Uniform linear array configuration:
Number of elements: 48
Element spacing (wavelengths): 0.25
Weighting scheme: blackman
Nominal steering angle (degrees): -60
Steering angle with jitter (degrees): -61.802
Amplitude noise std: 0.05
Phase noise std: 0.05

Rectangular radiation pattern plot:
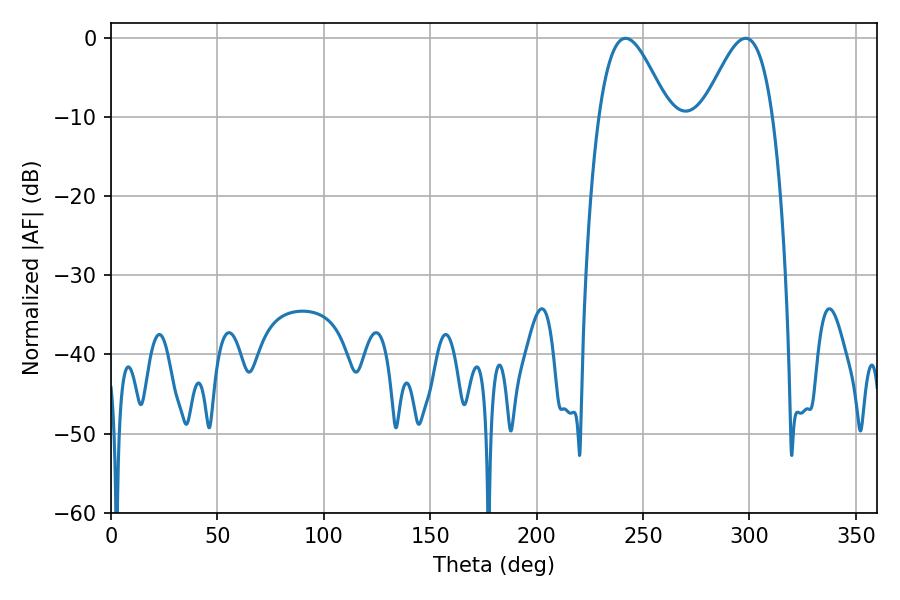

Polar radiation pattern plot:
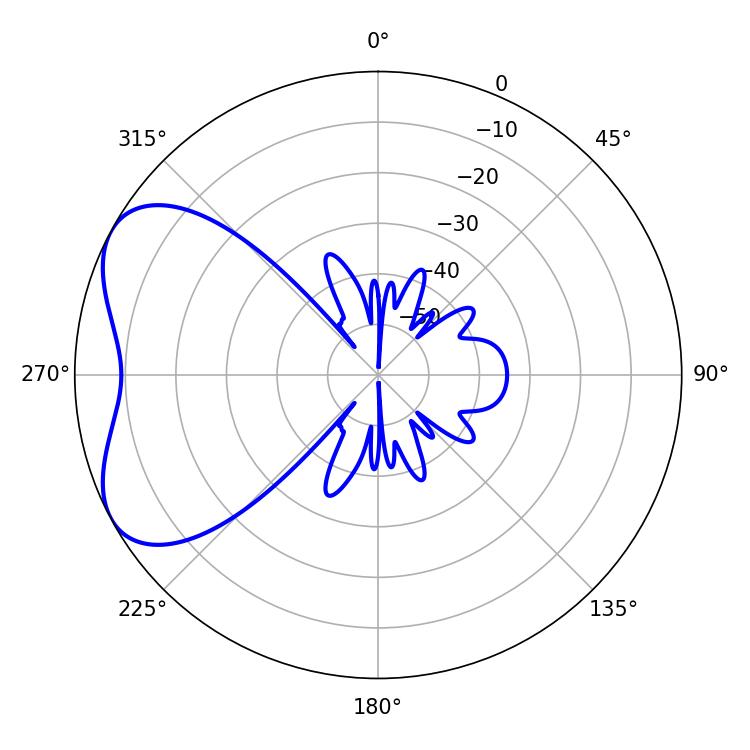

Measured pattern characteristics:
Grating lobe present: FALSE
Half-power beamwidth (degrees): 17.46
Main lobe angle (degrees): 241.74